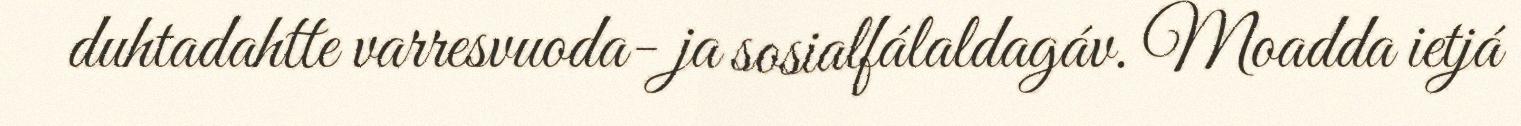
duhtadahtte varresvuoda- ja sosialfálaldagáv. Moadda ietjá